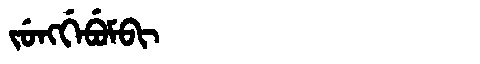
Manchu: ᠵᡠᠩᡤᡝᠪᡠᠮᠪᡳ
Romanization: JUNGGEBUMBI